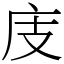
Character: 庋